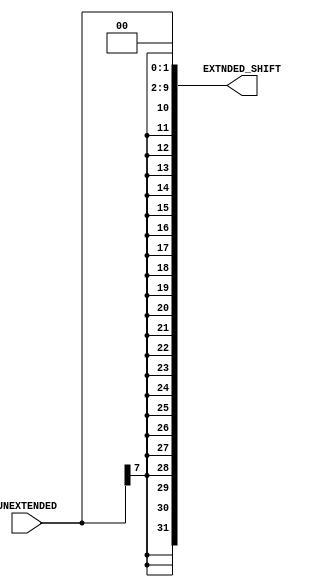
// Computer Architecture (CO224) - Lab 05
// Design: sign extender with keft shift of Simple Processor

module SignExtendAndShift(UNEXTENDED,EXTNDED_SHIFT);
    input [7:0] UNEXTENDED;
    output reg[31:0] EXTNDED_SHIFT;

    //assign EXTNDED_SHIFT = { {24{UNEXTENDED[7]}}, UNEXTENDED }<<2;
    always @(*)//by just adding wires
    begin
         EXTNDED_SHIFT = { {24{UNEXTENDED[7]}}, UNEXTENDED };//sign extension is done here
         EXTNDED_SHIFT = {EXTNDED_SHIFT[29:0],2'b00 };       //multiply by 4 or <<2 is done by giving two zeros to the end of the wire
    end
endmodule